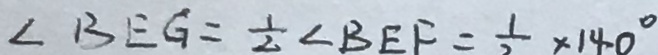
\angle B E G = \frac { 1 } { 2 } \angle B E F = \frac { 1 } { 2 } \times 1 4 0 ^ { \circ }